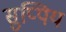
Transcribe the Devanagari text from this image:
सुप्पिय